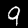
Digit: 9